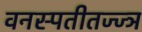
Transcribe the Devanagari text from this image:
वनस्पतीतज्ज्ञ